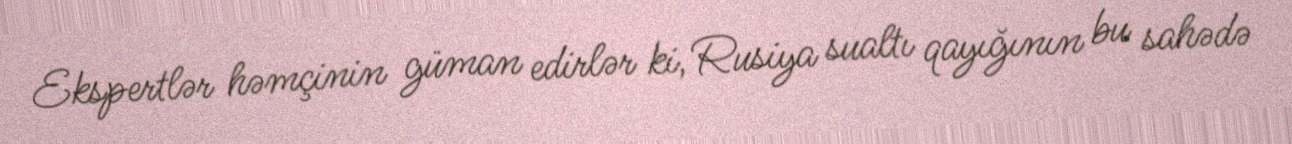
Ekspertlər həmçinin güman edirlər ki, Rusiya sualtı qayığının bu sahədə